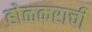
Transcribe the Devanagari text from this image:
होळकराची